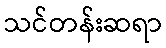
သင်တန်းဆရာ